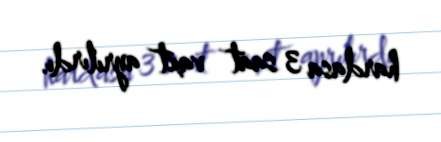
hardasa 3 saat vaxt ayrılırdı.